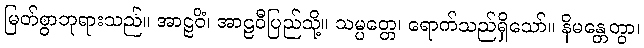
မြတ်စွာဘုရားသည်။ အာဠဝိံ၊ အာဠဝီပြည်သို့။ သမ္ပတ္တေ၊ ရောက်သည်ရှိသော်။ နိမန္တေတွာ၊